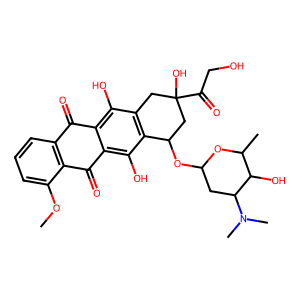
SMILES: COc1cccc2c1C(=O)c1c(O)c3c(c(O)c1C2=O)CC(O)(C(=O)CO)CC3OC1CC(N(C)C)C(O)C(C)O1
Inhibits HIV replication: No